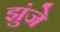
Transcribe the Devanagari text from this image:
झुंजे